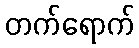
တက်ရောက်